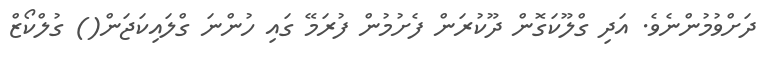
ދަށްވުމުންނެވެ. އަދި ގްލޫކަގޮން ދޫކުރަން ފެށުމުން ފުރަމޭ ގައި ހުންނަ ގްލައިކަޖަން() ގުލްކޯޒް